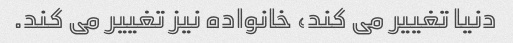
دنیا تغییر می کند، خانواده نیز تغییر می کند.